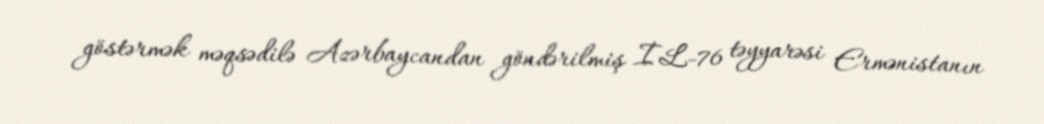
göstərmək məqsədilə Azərbaycandan göndərilmiş İL-76 təyyarəsi Ermənistanın